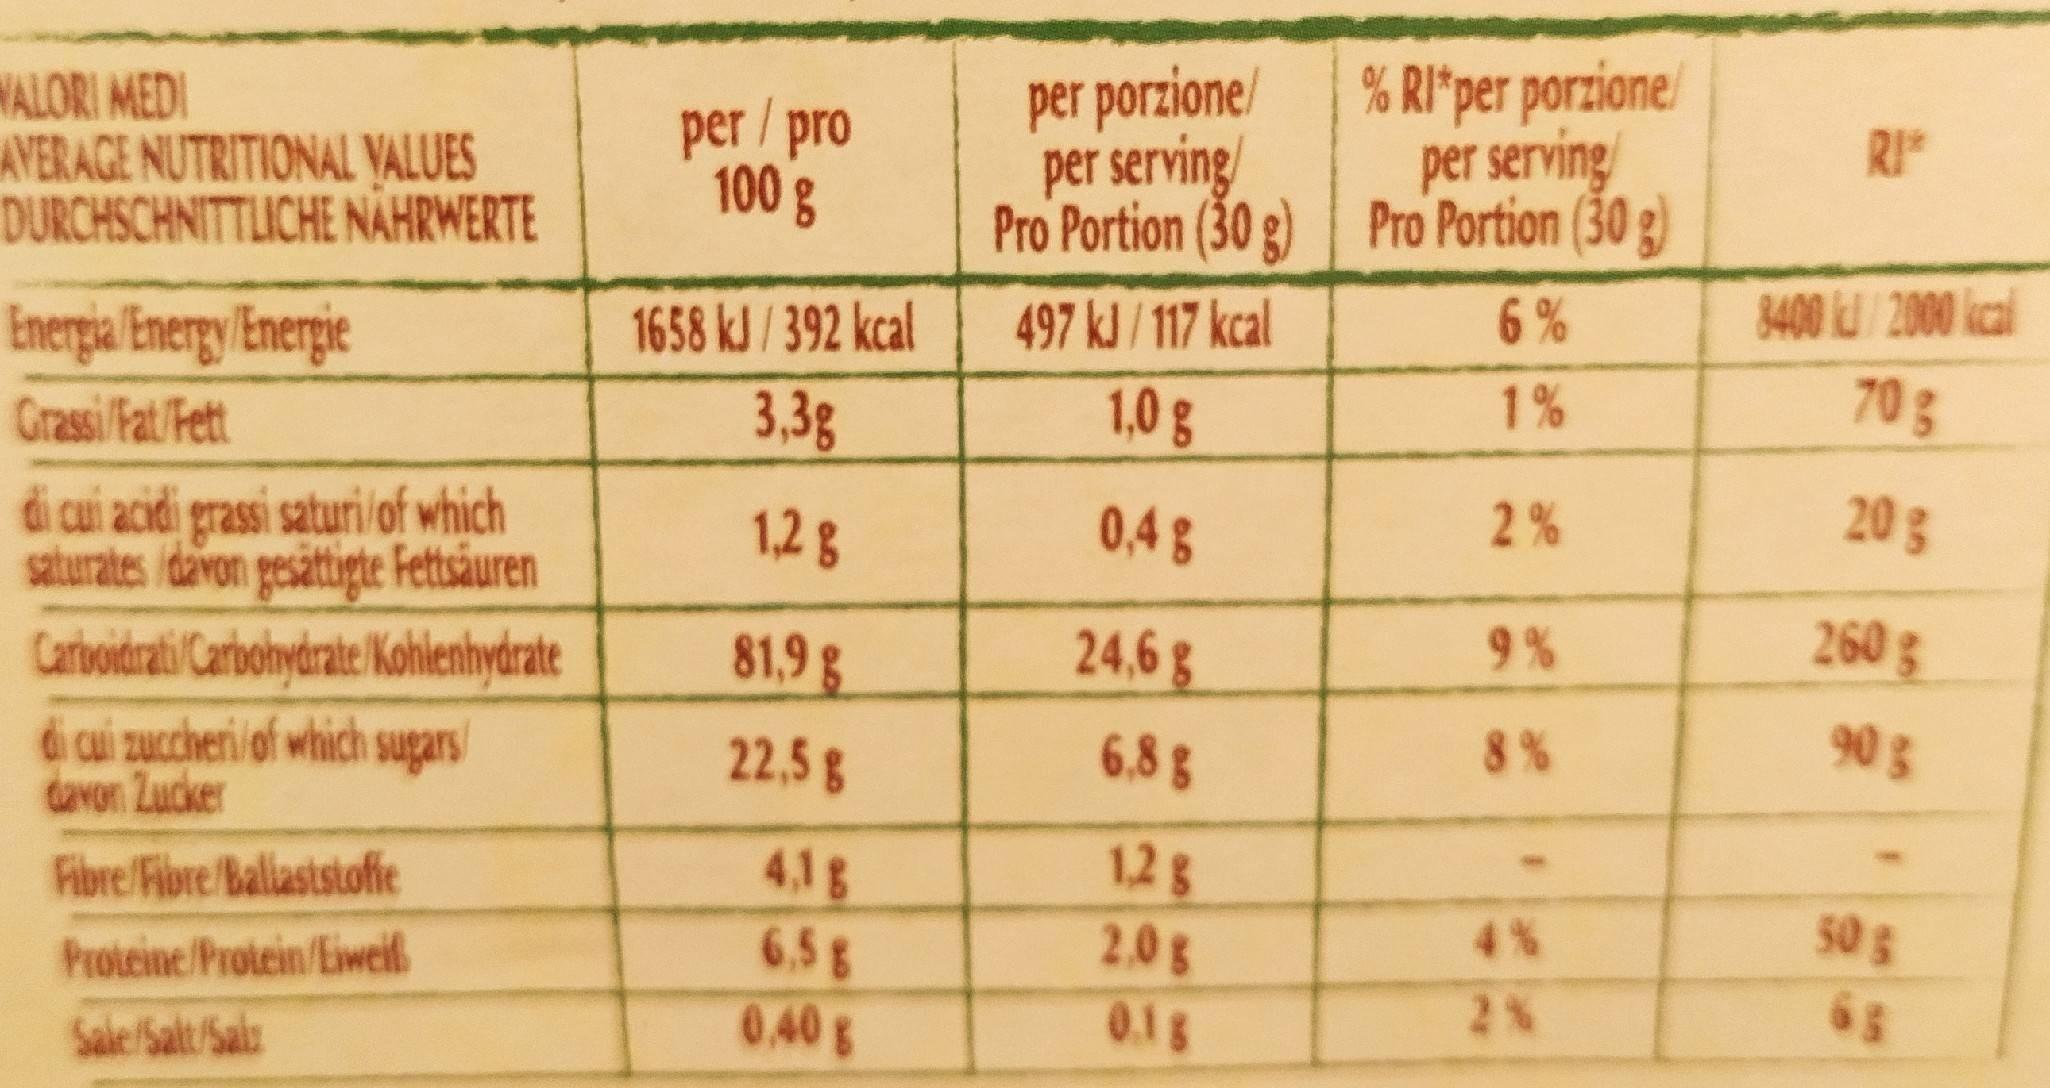
% RI*per porzione/
WALORI MEDI AVERAGE NUTRITIONAL VALUES DURCHSCHNITTLICHE NAHRWERTE
per porzione/
per /pro 100 g
per serving/
per serving
RI
Pro Portion (30 g) Pro Portion (30 g)
8400 /2000 kcal
1658 kJ/392 kcal 3,3g
497 kJ/117 kcal 1,0g
6 %
Energia 'Energy/Energie Grassi Fat/ Fett di cui acidi grassi saturi/of which saturates idavon gesättigte Fettsäuren Carioidrati Carbohydrate Kohlenhydrate di cui zuccheri of which sugars davon Zucker
1%
70g
1,2g
0,4 g
2%
20 g
81,9 g
24,6 g
9 %
260 g
22,5 g
6,8 g
8 %
90 g
4,1g 6.5g 0.40g
1,2g 2,0g 0.1g
Fibre/Fibre/Ballaststofie
Proteine/Protein/Eiweif.
4%
50S
2%
Sale/Salt/Sals